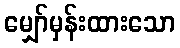
မျှော်မှန်းထားသော